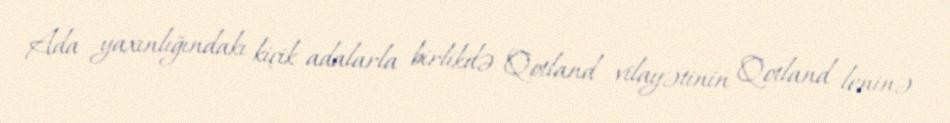
Ada yaxınlığındakı kiçik adalarla birlikdə Qotland vilayətinin Qotland leninə